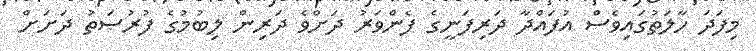
މިފަދަ ހާލަތުގައިވެސް އުފައްދާ ދަރިފަނީގެ ފެންވަރު ދަށްވެ ދަރިން ލިބުމުގެ ފުރުޞަތު ދަށަށް